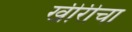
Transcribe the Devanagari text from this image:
खीरीचा